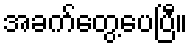
အခက်တွေ့ပေပြီ။